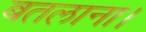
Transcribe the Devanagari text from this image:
बतलाना।